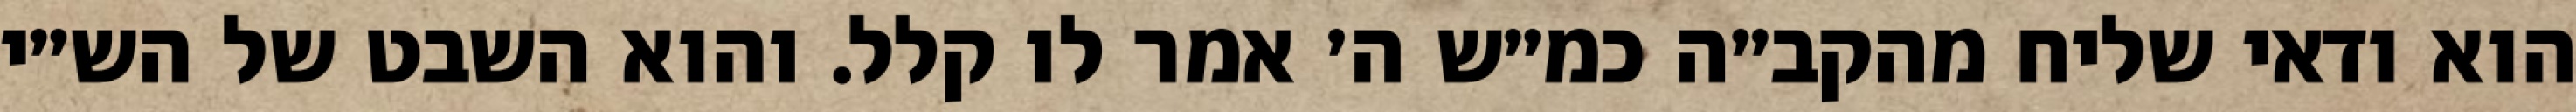
הוא ודאי שליח מהקב״ה כמ״ש ה׳ אמר לו קלל. והוא השבט של הש״י